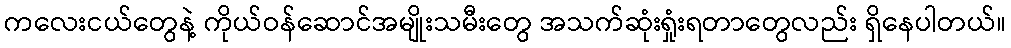
ကလေးငယ်တွေနဲ့ ကိုယ်ဝန်ဆောင်အမျိုးသမီးတွေ အသက်ဆုံးရှုံးရတာတွေလည်း ရှိနေပါတယ်။